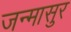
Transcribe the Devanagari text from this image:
जन्मासुर